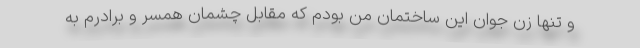
و تنها زن جوان این ساختمان من بودم که مقابل چشمان همسر و برادرم به